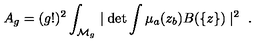
A _ { g } = ( g ! ) ^ { 2 } \int _ { { \cal M } _ { g } } \mid \det \int \mu _ { a } ( z _ { b } ) B ( \{ z \} ) \mid ^ { 2 } \ .